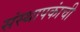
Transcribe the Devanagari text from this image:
संस्थापकांची